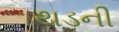
થડની